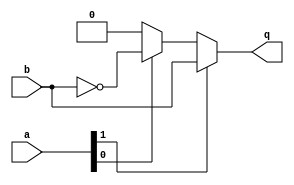
module ex8(q , a, b);
   output q;
   reg 	  q;
   input [1:0] a;
   input       b;
   always @(*) begin
      q = 0;
      if (a[1])      q = b;
      else if (a[0]) q = ~b;
   end
endmodule